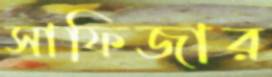
সাফিজার